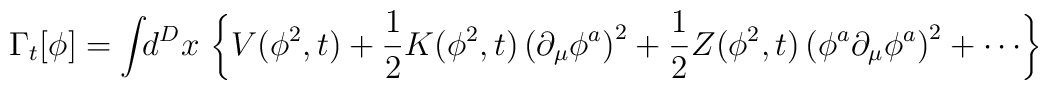
\Gamma_t[\phi] = \int\!\! d^Dx\, \left \{ V(\phi^2,t) + \frac{1}{2} K(\phi^2,t)\left (\partial_{\mu}\phi^a \right)^2  + \frac{1}{2} Z(\phi^2,t) \left ( \phi^a \partial_{\mu}\phi^a \right)^2 + \cdots \right \}